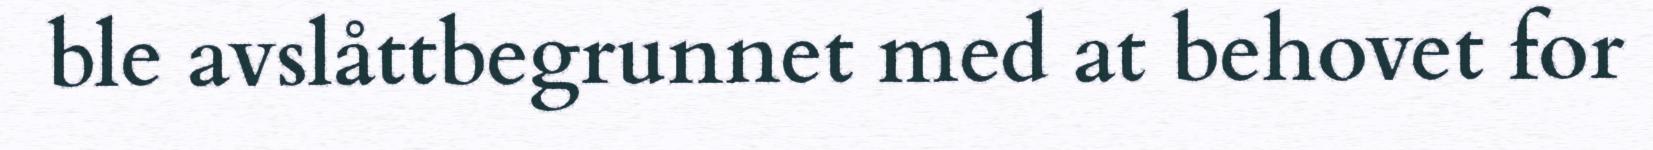
ble avslåttbegrunnet med at behovet for